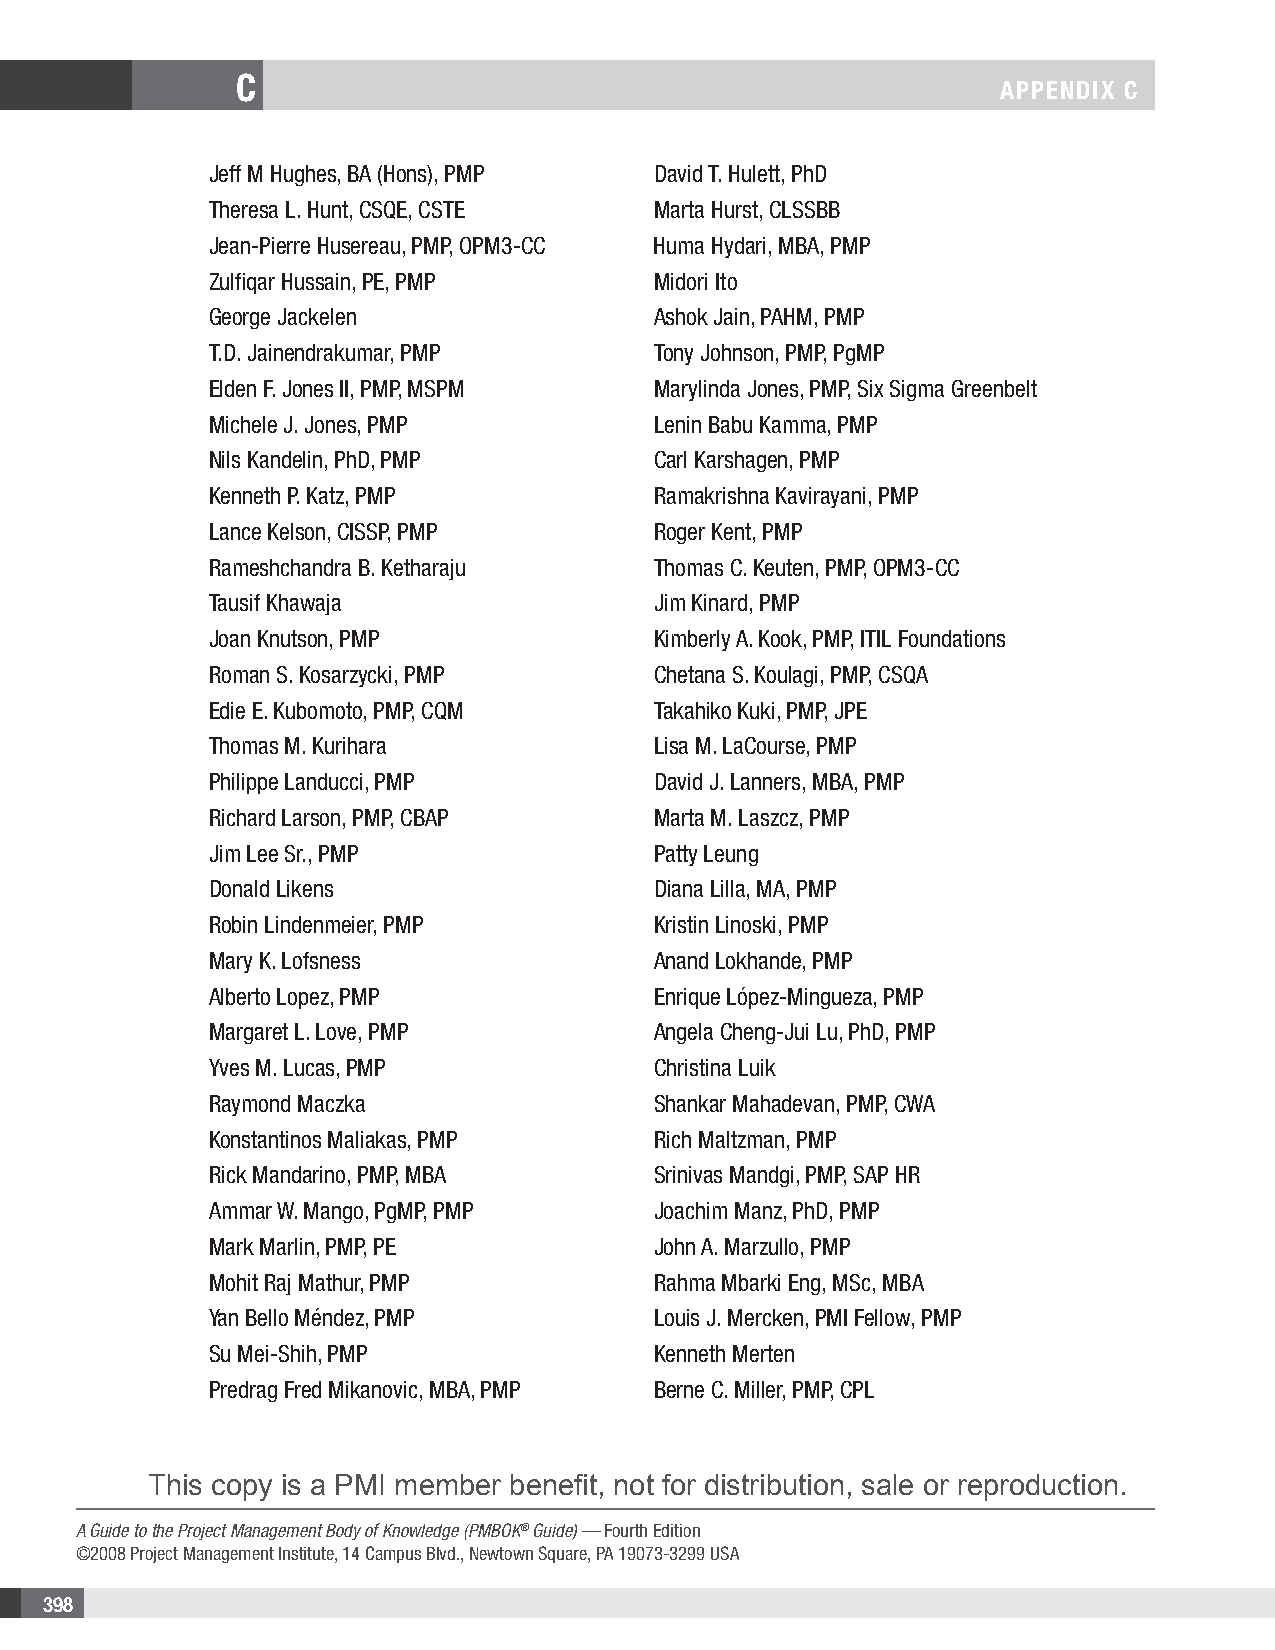
C
 APPENDIX C
 Jeff M Hughes, BA (Hons), PMP David T. Hulett, PhD
 Theresa L. Hunt, CSQE, CSTE  Marta Hurst, CLSSBB
 Jean-Pierre Husereau, PMP, OPM3-CC Huma Hydari, MBA, PMP
 Zulfiqar Hussain, PE, PMP    Midori Ito
 George Jackelen              Ashok Jain, PAHM, PMP
 T.D. Jainendrakumar, PMP     Tony Johnson, PMP, PgMP
 Elden F. Jones II, PMP, MSPM Marylinda Jones, PMP, Six Sigma Greenbelt
 Michele J. Jones, PMP        Lenin Babu Kamma, PMP
 Nils Kandelin, PhD, PMP      Carl Karshagen, PMP
 Kenneth P. Katz, PMP         Ramakrishna Kavirayani, PMP
 Lance Kelson, CISSP, PMP     Roger Kent, PMP
 Rameshchandra B. Ketharaju   Thomas C. Keuten, PMP, OPM3-CC
 Tausif Khawaja               Jim Kinard, PMP
 Joan Knutson, PMP            Kimberly A. Kook, PMP, ITIL Foundations
 Roman S. Kosarzycki, PMP     Chetana S. Koulagi, PMP, CSQA
 Edie E. Kubomoto, PMP, CQM   Takahiko Kuki, PMP, JPE
 Thomas M. Kurihara           Lisa M. LaCourse, PMP
 Philippe Landucci, PMP       David J. Lanners, MBA, PMP
 Richard Larson, PMP, CBAP    Marta M. Laszcz, PMP
 Jim Lee Sr., PMP             Patty Leung
 Donald Likens                Diana Lilla, MA, PMP
 Robin Lindenmeier, PMP       Kristin Linoski, PMP
 Mary K. Lofsness             Anand Lokhande, PMP
 Alberto Lopez, PMP           Enrique López-Mingueza, PMP
 Margaret L. Love, PMP        Angela Cheng-Jui Lu, PhD, PMP
 Yves M. Lucas, PMP           Christina Luik
 Raymond Maczka               Shankar Mahadevan, PMP, CWA
 Konstantinos Maliakas, PMP   Rich Maltzman, PMP
 Rick Mandarino, PMP, MBA     Srinivas Mandgi, PMP, SAP HR
 Ammar W. Mango, PgMP, PMP    Joachim Manz, PhD, PMP
 Mark Marlin, PMP, PE         John A. Marzullo, PMP
 Mohit Raj Mathur, PMP        Rahma Mbarki Eng, MSc, MBA
 Yan Bello Méndez, PMP        Louis J. Mercken, PMI Fellow, PMP
 Su Mei-Shih, PMP             Kenneth Merten
 Predrag Fred Mikanovic, MBA, PMP Berne C. Miller, PMP, CPL
 This copy is a PMI member benefit, not for distribution, sale or reproduction.
 A Guide to the Project Management Body of Knowledge (PMBOK® Guide) — Fourth Edition
 ©2008 Project Management Institute, 14 Campus Blvd., Newtown Square, PA 19073-3299 USA
 398